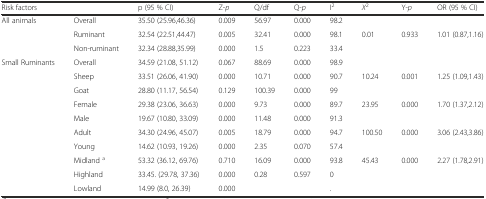
<table><thead><tr><td colspan="2"><b>Risk factors</b></td><td><b>p (95 % CI)</b></td><td><b>Z-<i>p</i></b></td><td><b>Q/df</b></td><td><b>Q-<i>p</i></b></td><td><b>I<sup>2</sup></b></td><td><b><i>X</i><sup>2</sup></b></td><td><b>Y-<i>p</i></b></td><td><b>OR (95 % CI)</b></td></tr></thead><tbody><tr><td rowspan="3">All animals</td><td>Overall</td><td>35.50 (25.96,46.36)</td><td>0.009</td><td>56.97</td><td>0.000</td><td>98.2</td><td></td><td></td><td></td></tr><tr><td>Ruminant</td><td>32.54 (22.51,44.47)</td><td>0.005</td><td>32.41</td><td>0.000</td><td>98.1</td><td>0.01</td><td>0.933</td><td>1.01 (0.87,1.16)</td></tr><tr><td>Non-ruminant</td><td>32.34 (28.88,35.99)</td><td>0.000</td><td>1.5</td><td>0.223</td><td>33.4</td><td></td><td></td><td></td></tr><tr><td rowspan="10">Small Ruminants</td><td>Overall</td><td>34.59 (21.08, 51.12)</td><td>0.067</td><td>88.69</td><td>0.000</td><td>98.9</td><td></td><td></td><td></td></tr><tr><td>Sheep</td><td>33.51 (26.06, 41.90)</td><td>0.000</td><td>10.71</td><td>0.000</td><td>90.7</td><td>10.24</td><td>0.001</td><td>1.25 (1.09,1.43)</td></tr><tr><td>Goat</td><td>28.80 (11.17, 56.54)</td><td>0.129</td><td>100.39</td><td>0.000</td><td>99</td><td></td><td></td><td></td></tr><tr><td>Female</td><td>29.38 (23.06, 36.63)</td><td>0.000</td><td>9.73</td><td>0.000</td><td>89.7</td><td>23.95</td><td>0.000</td><td>1.70 (1.37,2.12)</td></tr><tr><td>Male</td><td>19.67 (10.80, 33.09)</td><td>0.000</td><td>11.48</td><td>0.000</td><td>91.3</td><td></td><td></td><td></td></tr><tr><td>Adult</td><td>34.30 (24.96, 45.07)</td><td>0.005</td><td>18.79</td><td>0.000</td><td>94.7</td><td>100.50</td><td>0.000</td><td>3.06 (2.43,3.86)</td></tr><tr><td>Young</td><td>14.62 (10.93, 19.26)</td><td>0.000</td><td>2.35</td><td>0.070</td><td>57.4</td><td></td><td></td><td></td></tr><tr><td>Midland <sup>a</sup></td><td>53.32 (36.12, 69.76)</td><td>0.710</td><td>16.09</td><td>0.000</td><td>93.8</td><td>45.43</td><td>0.000</td><td>2.27 (1.78,2.91)</td></tr><tr><td>Highland</td><td>33.45. (29.78, 37.36)</td><td>0.000</td><td>0.28</td><td>0.597</td><td>0</td><td></td><td></td><td></td></tr><tr><td>Lowland</td><td>14.99 (8.0, 26.39)</td><td>0.000</td><td></td><td></td><td>.</td><td></td><td></td><td></td></tr></tbody></table>